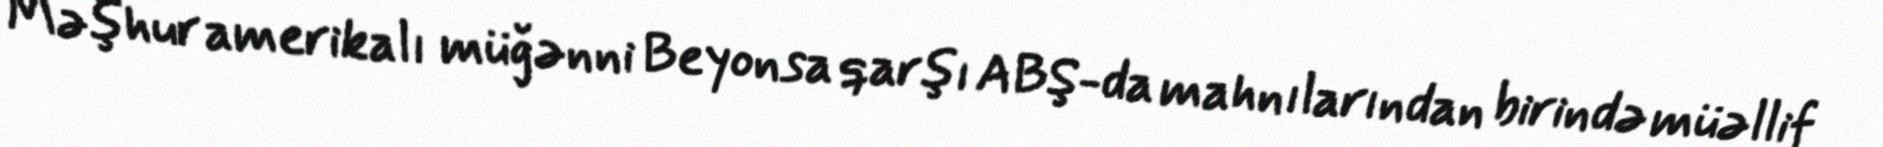
Məşhur amerikalı müğənni Beyonsa qarşı ABŞ-da mahnılarından birində müəllif